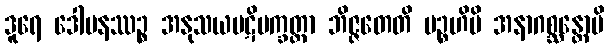
ဒူရေ ဒေါမနဿဉ္စ အနုသယပဋိပက္ခတ္တာ ဘိဇ္ဇတေတိ ပဉ္စဟိပိ အနာဂစ္ဆန္တောပိ